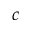
_ { c }